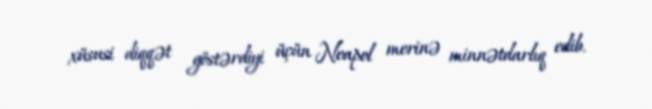
xüsusi diqqət göstərdiyi üçün Neapol merinə minnətdarlıq edib.